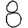
Digit: 8